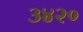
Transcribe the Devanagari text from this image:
३४२०